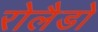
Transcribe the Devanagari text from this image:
रोलैडो